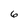
Character: 6